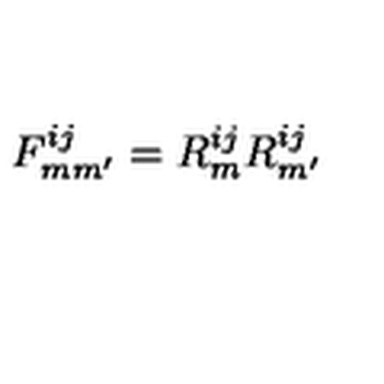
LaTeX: F _ { m m ^ { \prime } } ^ { i j } = R _ { m } ^ { i j } R _ { m ^ { \prime } } ^ { i j }